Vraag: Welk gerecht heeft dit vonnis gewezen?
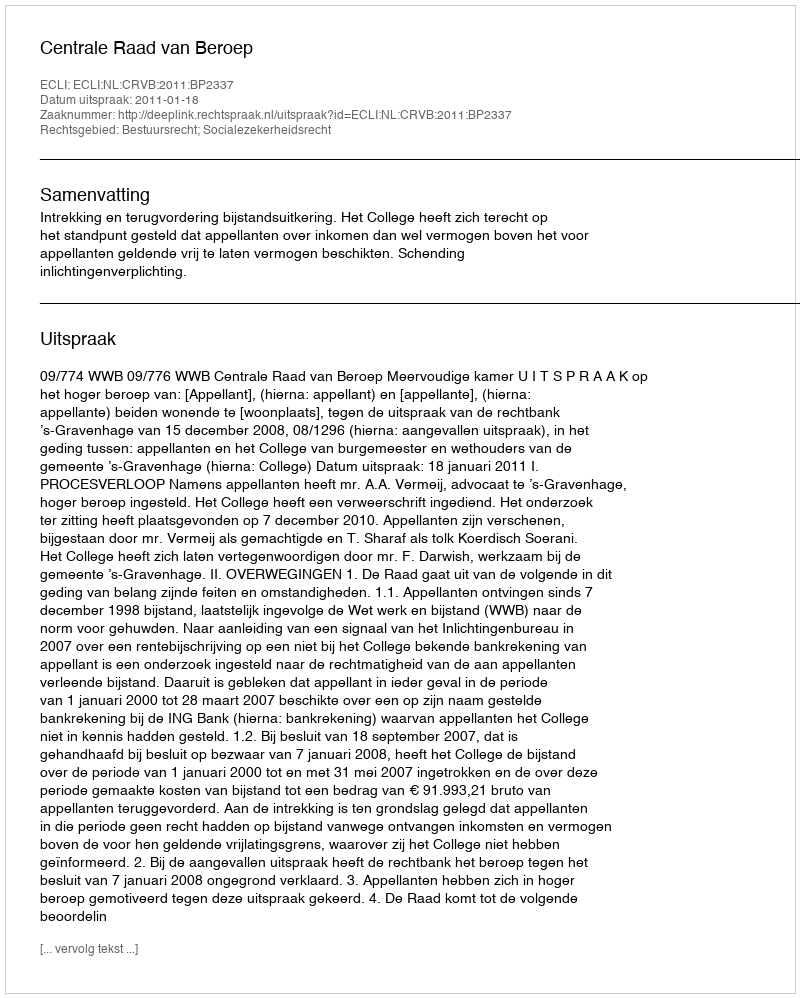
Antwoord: Centrale Raad van Beroep